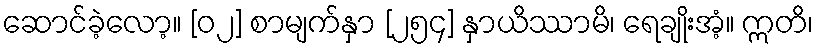
ဆောင်ခဲ့လော့။ [၀၂] စာမျက်နှာ [၂၅၄] နှာယိဿာမိ၊ ရေချိုးအံ့။ ဣတိ၊